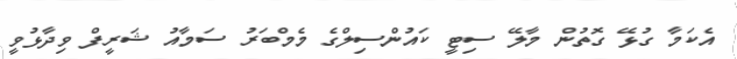
އެކަމާ ގުޅޭ ގޮތުން މާލޭ ސިޓީ ކައުންސިލްގެ މެމްބަރު ސަމާއު ޝަރީފް ވިދާޅުވީ